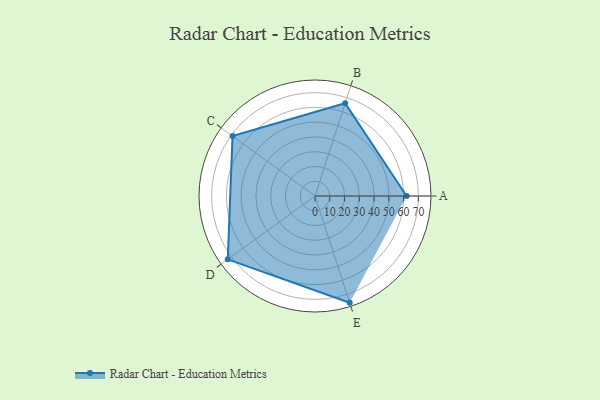
{"axis": {"x": "Skill", "y": "Score"}, "legend": ["Profile"], "data": [{"x": "A", "y": 62.0, "type": "Profile"}, {"x": "B", "y": 66.0, "type": "Profile"}, {"x": "C", "y": 69.0, "type": "Profile"}, {"x": "D", "y": 73.0, "type": "Profile"}, {"x": "E", "y": 76.0, "type": "Profile"}]}